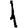
Digit: 1